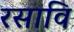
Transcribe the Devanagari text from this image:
रसावि